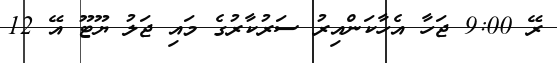
ރޭ 9:00 ޖަހާ އެހާކަންއިރު ސަރުކާރުގެ މައި ޖަލު ޔޫޓޫ އޭ 12